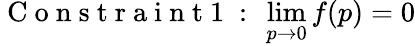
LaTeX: \mathrm{~C~o~n~s~t~r~a~i~n~t~1~:~}\operatorname*{lim}_{p\to 0}f(p)=0